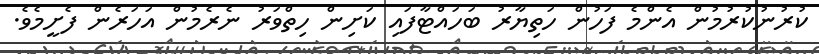
ކުރުނުކުރުމުން އެންމެ ފަހުން ހަތިޔާރު ބަހައްޓާފައި ކަށިން ހިތްވަރު ނެރެމުން އަހަރެން ފެށީމެވެ.